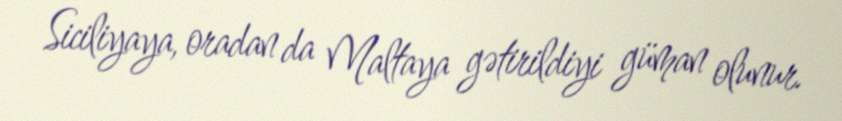
Siciliyaya, oradan da Maltaya gətirildiyi güman olunur.